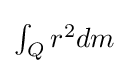
{\textstyle \int _{Q}{r^{2}}dm}